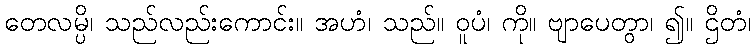
တေလမ္ပိ၊ သည်လည်းကောင်း။ အဟံ၊ သည်။ ဝူပံ၊ ကို။ ဗျာပေတွာ၊ ၍။ ဌိတံ၊